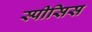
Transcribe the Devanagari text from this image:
स्पीसिस